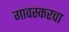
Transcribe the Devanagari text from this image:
गावस्करचा